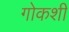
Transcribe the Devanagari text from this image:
गोकशी